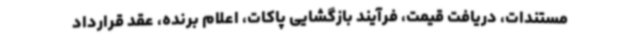
مستندات، دریافت قیمت، فرآیند بازگشایی پاکات، اعلام برنده، عقد قرارداد